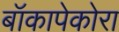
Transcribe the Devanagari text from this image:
बॉकापेकोरा